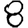
Digit: 8